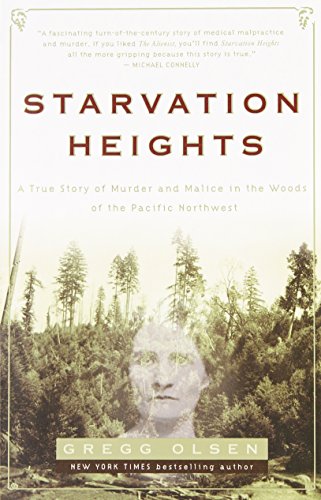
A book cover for Starvation Heights: A True Story of Murder and Malice in the Woods of the Pacific Northwest; Gregg Olsen; Biographies & Memoirs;